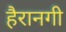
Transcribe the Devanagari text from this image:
हैरानगी